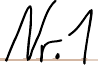
Nr. 1